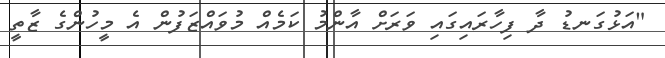
"އަޅުގަނޑު ދާ ފިހާރައިގައި ވަރަށް އާންމު ކަމެއް މުވައްޒަފުން އެ މީހުންގެ ޒާތީ